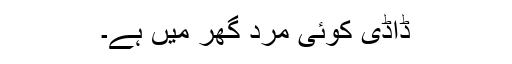
ڈاڈی کوئی مرد گھر میں ہے۔